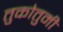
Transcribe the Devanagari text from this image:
तुकोतुमी